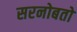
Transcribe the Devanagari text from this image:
सरनोबतो